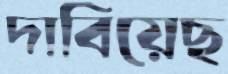
দাবিয়েছ